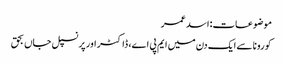
موضوعات:اسد عمر
کورونا سے ایک دن میں ایم پی اے، ڈاکٹر اور پرنسپل جاں بحق